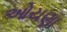
ઓયણા